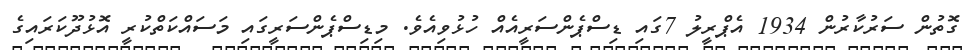
ގޮތުން ސަރުކާރުން 1934 އެޕްރީލު 7ގައި ޑިސްޕެންސަރީއެއް ހުޅުވިއެވެ. މިޑިސްޕެންސަރީގައި މަސައްކަތްކުރީ އޮޅުދޫކަރައިގެ